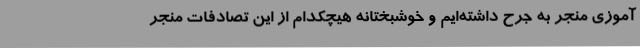
‌آموزی منجر به جرح داشته‌ایم و خوشبختانه هیچکدام از این تصادفات منجر